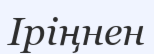
Іріңнен